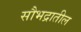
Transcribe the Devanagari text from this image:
सौभद्रातील